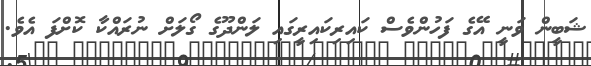
ޝަބީން ވަނީ އޭގެ ފަހުންވެސް ކައިރިކައިރީގައި ލަންދޫގެ ގޯލަށް ނުރައްކާ ކޮށްފަ އެވެ.